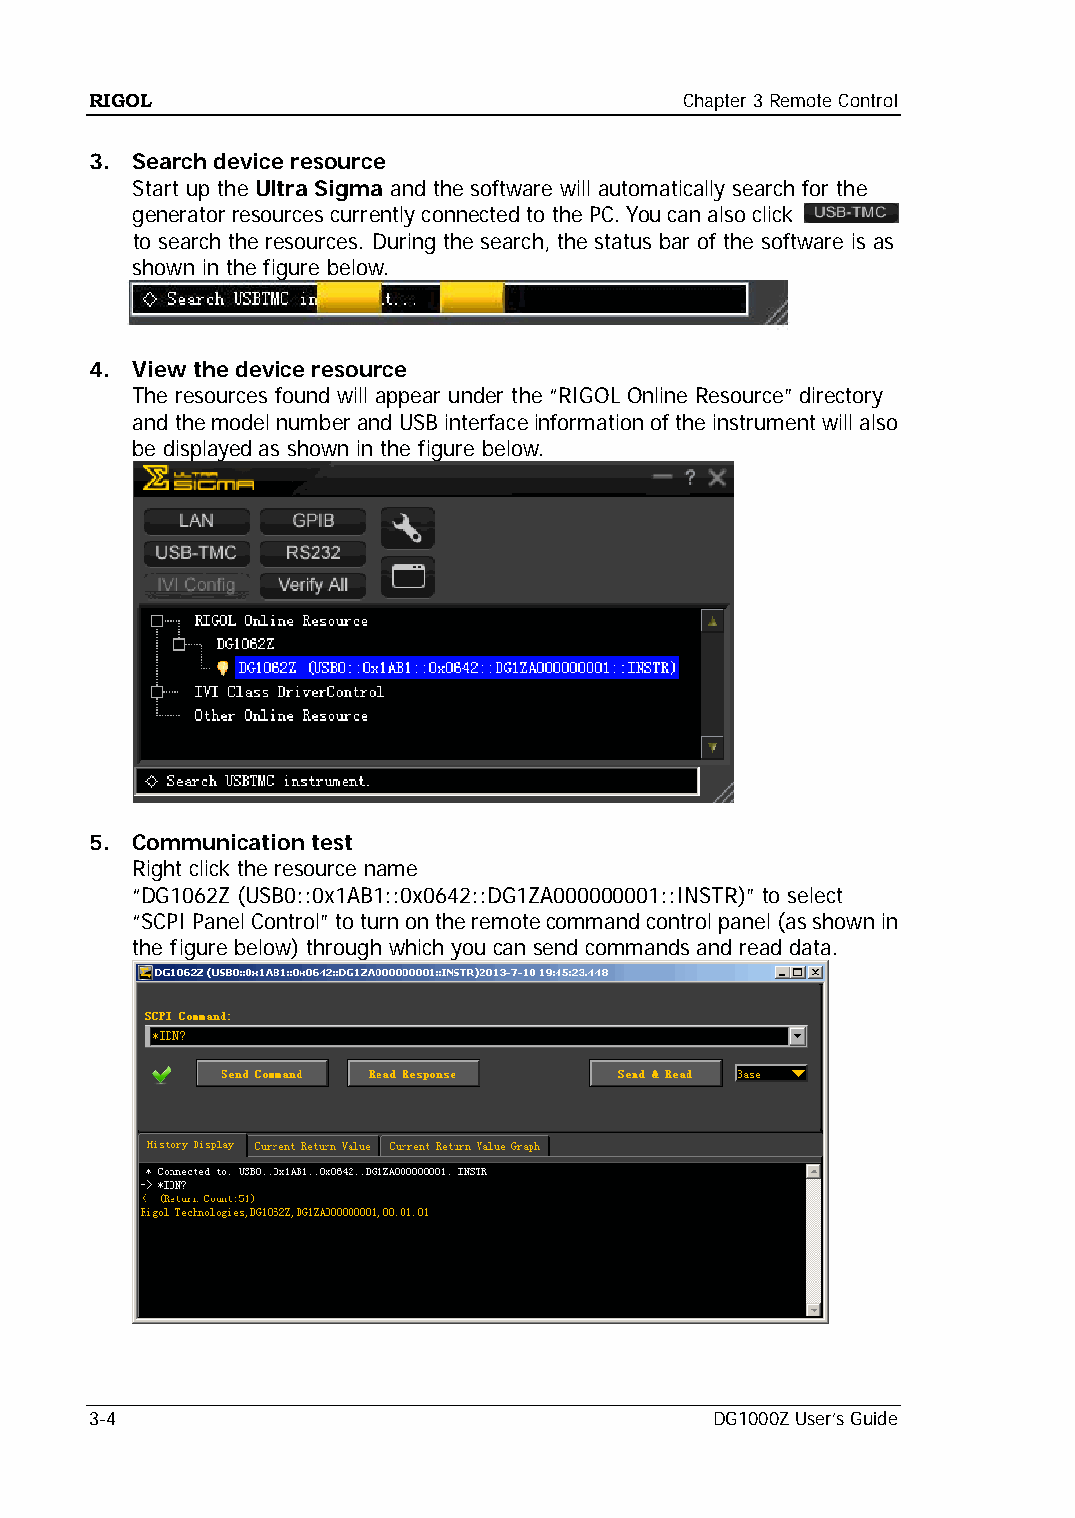
RIGOL                                  Chapter 3 Remote Control
 3. Search device resource
 Start up the Ultra Sigma and the software will automatically search for the
 generator resources currently connected to the PC. You can also click
 to search the resources. During the search, the status bar of the software is as
 shown in the figure below.
 4. View the device resource
 The resources found will appear under the “RIGOL Online Resource” directory
 and the model number and USB interface information of the instrument will also
 be displayed as shown in the figure below.
 5. Communication test
 Right click the resource name
 “DG1062Z (USB0::0x1AB1::0x0642::DG1ZA000000001::INSTR)” to select
 “SCPI Panel Control” to turn on the remote command control panel (as shown in
 the figure below) through which you can send commands and read data.
 3-4                                      DG1000Z User’s Guide